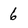
Character: 6